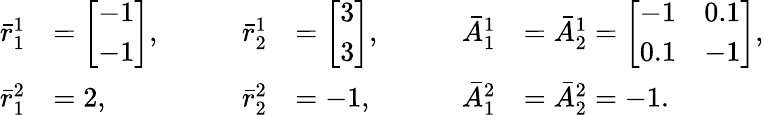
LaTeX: \begin{array}{rlrlrl}{\bar{r}_{1}^{1}}&{=\left[\begin{array}{l}{-1}\\ {-1}\end{array}\right],}&{\qquad\bar{r}_{2}^{1}}&{=\left[\begin{array}{l}{3}\\ {3}\end{array}\right],}&{\qquad\bar{A}_{1}^{1}}&{=\bar{A}_{2}^{1}=\left[\begin{array}{ll}{-1}&{0.1}\\ {0.1}&{-1}\end{array}\right],}\\ {\bar{r}_{1}^{2}}&{=2,}&{\qquad\bar{r}_{2}^{2}}&{=-1,}&{\qquad\bar{A}_{1}^{2}}&{=\bar{A}_{2}^{2}=-1.}\end{array}